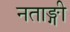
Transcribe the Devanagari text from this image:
नताङ्गी